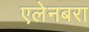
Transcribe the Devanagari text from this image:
एलेनबरा